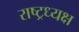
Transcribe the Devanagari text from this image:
राष्ट्रध्यक्ष